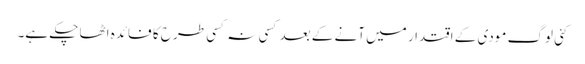
کئی لوگ مودی کے اقتدار میں آنے کے بعد کسی نہ کسی طرح کا فائدہ اٹھا چکے ہے۔